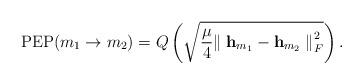
LaTeX: \begin{align*}{\rm PEP}(m_1\rightarrow m_2) = Q\left(\sqrt{\frac{\mu}{4}{\parallel \mathbf{h}_{m_1}- \mathbf{h}_{m_2}\parallel}_F^2 }\right).\end{align*}